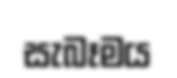
සැබෑමය